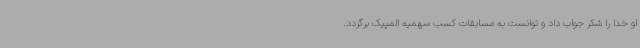
او خدا را شکر جواب داد و توانست به مسابقات کسب سهمیه المپیک برگردد.